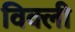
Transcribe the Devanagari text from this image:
विक्ली